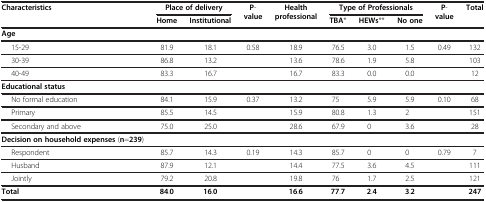
<table><thead><tr><td rowspan="2"><b>Characteristics</b></td><td colspan="2"><b>Place of delivery</b></td><td rowspan="2"><b>P-value</b></td><td rowspan="2"><b>Health professional</b></td><td colspan="3"><b>Type of Professionals</b></td><td rowspan="2"><b>P-value</b></td><td rowspan="2"><b>Total</b></td></tr><tr><td><b>Home</b></td><td><b>Institutional</b></td><td><b>TBA*</b></td><td><b>HEWs**</b></td><td><b>No one</b></td></tr></thead><tbody><tr><td><b>Age</b></td><td> </td><td> </td><td> </td><td> </td><td> </td><td> </td><td> </td><td> </td><td> </td></tr><tr><td>15-29</td><td>81.9</td><td>18.1</td><td>0.58</td><td>18.9</td><td>76.5</td><td>3.0</td><td>1.5</td><td>0.49</td><td>132</td></tr><tr><td>30-39</td><td>86.8</td><td>13.2</td><td> </td><td>13.6</td><td>78.6</td><td>1.9</td><td>5.8</td><td> </td><td>103</td></tr><tr><td>40-49</td><td>83.3</td><td>16.7</td><td> </td><td>16.7</td><td>83.3</td><td>0.0</td><td>0.0</td><td> </td><td>12</td></tr><tr><td><b>Educational status</b></td><td> </td><td> </td><td> </td><td> </td><td> </td><td> </td><td> </td><td> </td><td> </td></tr><tr><td>No formal education</td><td>84.1</td><td>15.9</td><td>0.37</td><td>13.2</td><td>75</td><td>5.9</td><td>5.9</td><td>0.10</td><td>68</td></tr><tr><td>Primary</td><td>85.5</td><td>14.5</td><td> </td><td>15.9</td><td>80.8</td><td>1.3</td><td>2</td><td> </td><td>151</td></tr><tr><td>Secondary and above</td><td>75.0</td><td>25.0</td><td> </td><td>28.6</td><td>67.9</td><td>0</td><td>3.6</td><td> </td><td>28</td></tr><tr><td><b>Decision on household expenses</b> (<b>n</b>=<b>239</b>)</td><td> </td><td> </td><td> </td><td> </td><td> </td><td> </td><td> </td><td> </td><td> </td></tr><tr><td>Respondent</td><td>85.7</td><td>14.3</td><td>0.19</td><td>14.3</td><td>85.7</td><td>0</td><td>0</td><td>0.79</td><td>7</td></tr><tr><td>Husband</td><td>87.9</td><td>12.1</td><td> </td><td>14.4</td><td>77.5</td><td>3.6</td><td>4.5</td><td> </td><td>111</td></tr><tr><td>Jointly</td><td>79.2</td><td>20.8</td><td> </td><td>19.8</td><td>76</td><td>1.7</td><td>2.5</td><td> </td><td>121</td></tr><tr><td><b>Total</b></td><td><b>84</b>.<b>0</b></td><td><b>16</b>.<b>0</b></td><td> </td><td><b>16</b>.<b>6</b></td><td><b>77</b>.<b>7</b></td><td><b>2</b>.<b>4</b></td><td><b>3</b>.<b>2</b></td><td> </td><td><b>247</b></td></tr></tbody></table>